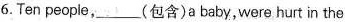
6. Ten people,__(包含)a baby,were hurt in the